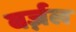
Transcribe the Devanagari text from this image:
बर्ज़ल